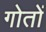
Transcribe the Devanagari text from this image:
गोतों